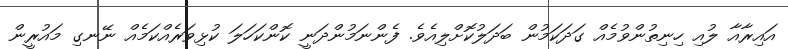
އައިރާއާ ލުއި ހިނިތުންވުމެއް ގަދަކަމުން ބަދަލުކޮށްލިއެވެ. ފެންނަމުންދަނީ ކޮންކަހަލަ ކުޅިވަރެއްކަމެއް ނޭނގި މައުރީން